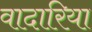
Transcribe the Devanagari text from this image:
वादारिया